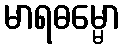
မာရဓမ္မော